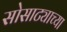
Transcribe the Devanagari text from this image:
सोसाट्याच्या